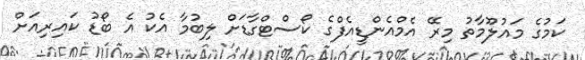
ކަމުގެ މައުލޫމާތު މިރޭ އެމްއެންޑީއެފްގެ ކޯސްޓްގާޑަށް ލިބުމާ އެކު އެ ބޯޑު ކައިރިއަށް